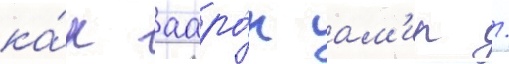
ка́к ааро́н ам'ир /